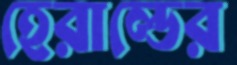
হেরাল্ডের